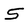
Character: 5